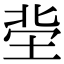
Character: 𡋭